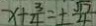
x + \frac { 3 } { 4 } = \pm \frac { \sqrt { 1 7 } } { 4 }